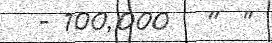
- 100